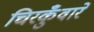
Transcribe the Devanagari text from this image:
चिरकुँवारे